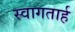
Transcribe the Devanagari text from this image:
स्‍वागतार्ह